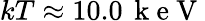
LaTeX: kT\approx 10.0\, \mathrm{~k~e~V~}